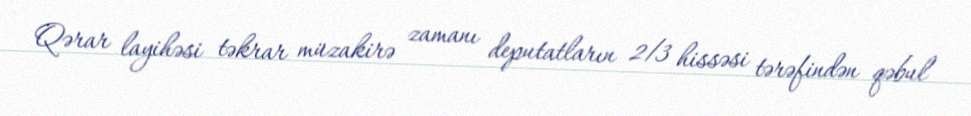
Qərar layihəsi təkrar müzakirə zamanı deputatların 2/3 hissəsi tərəfindən qəbul